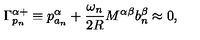
\Gamma _ { p _ { n } } ^ { \alpha + } \equiv p _ { a _ { n } } ^ { \alpha } + \frac { \omega _ { n } } { 2 R } M ^ { \alpha \beta } b _ { n } ^ { \beta } \approx 0 , \,